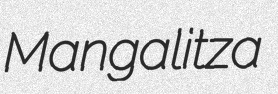
Mangalitza